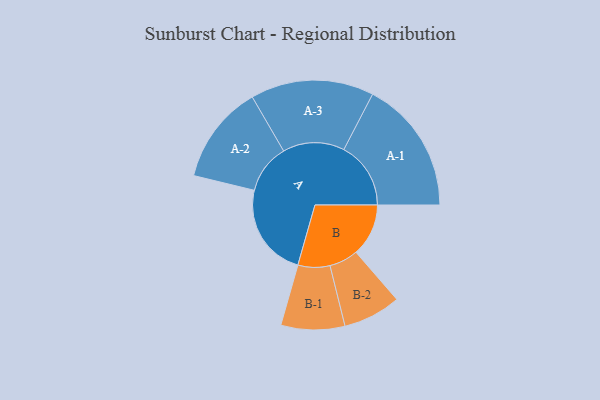
{"axis": {"x": "Segment", "y": "Value"}, "legend": ["", "A", "B"], "data": [{"x": "A", "y": 338, "type": ""}, {"x": "B", "y": 189, "type": ""}, {"x": "A-1", "y": 241, "type": "A"}, {"x": "A-2", "y": 178, "type": "A"}, {"x": "A-3", "y": 222, "type": "A"}, {"x": "B-1", "y": 115, "type": "B"}, {"x": "B-2", "y": 104, "type": "B"}]}